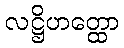
လဋ္ဌိဟတ္ထော